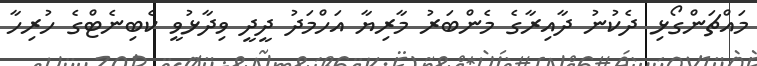
މައްޗަންގޯޅި ދެކުނު ދާއިރާގެ މެންބަރު މާރިޔާ އަހްމަދު ދީދީ ވިދާޅުވީ ކެބިނެޓްގެ ހުރިހާ